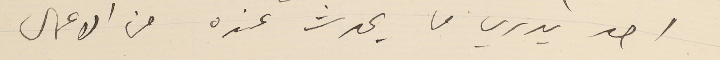
احد يدري ما يحدث عنده من الاعمال